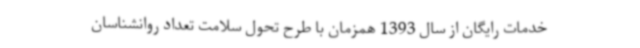
خدمات رایگان از سال 1393 همزمان با طرح تحول سلامت تعداد روانشناسان